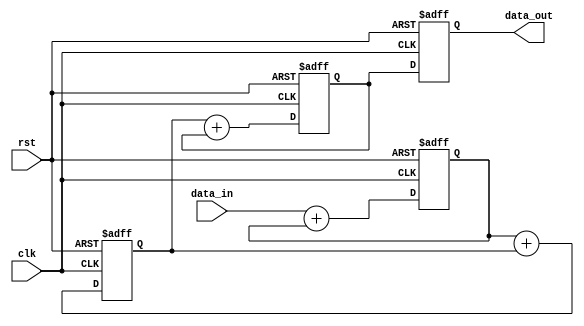
module pipeline_accumulator (
    input wire clk,
    input wire rst,
    input wire [31:0] data_in,
    output reg [31:0] data_out
);

reg [31:0] temp1, temp2, temp3;

always @(posedge clk or posedge rst) begin
    if (rst) begin
        temp1 <= 0;
        temp2 <= 0;
        temp3 <= 0;
        data_out <= 0;
    end else begin
        temp1 <= data_in + temp1;
        temp2 <= temp1 + temp2;
        temp3 <= temp2 + temp3;
        data_out <= temp3;
    end
end

endmodule